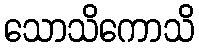
သောသိကောသိ